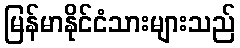
မြန်မာနိုင်ငံသားများသည်